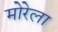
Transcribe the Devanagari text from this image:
मोरेला